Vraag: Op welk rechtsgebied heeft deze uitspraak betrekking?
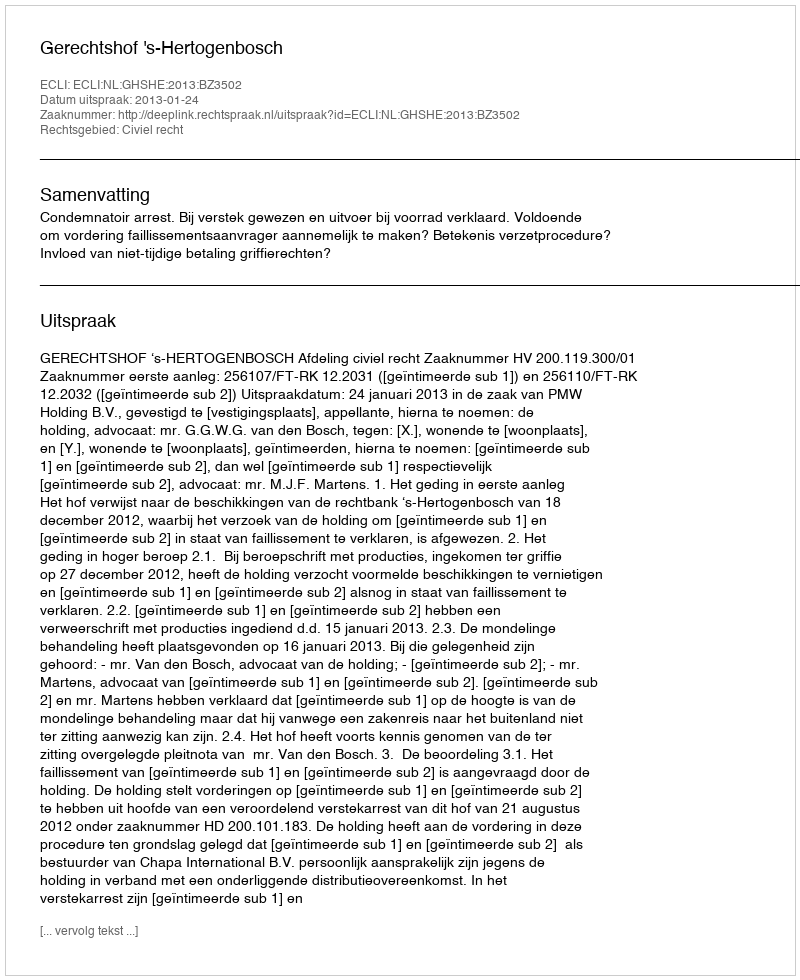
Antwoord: Civiel recht